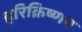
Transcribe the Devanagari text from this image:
हरिक्रिष्णन